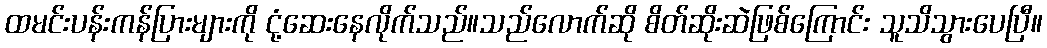
ထမင်းပန်းကန်ပြားများကို ငုံ့ဆေးနေလိုက်သည်။သည်လောက်ဆို စိတ်ဆိုးဆဲဖြစ်ကြောင်း သူသိသွားပေပြီ။